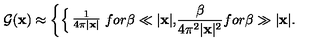
{ \cal G } ( { \bf x } ) \approx \left\{ \begin{cases} { { \frac { 1 } { 4 \pi \vert { \bf x } \vert } } } & { f o r \beta \ll \vert { \bf x } \vert , } \\ { { \frac { \beta } { 4 \pi ^ { 2 } \vert { \bf x } \vert ^ { 2 } } } } & { f o r \beta \gg \vert { \bf x } \vert . } \\ \end{cases} \right.